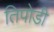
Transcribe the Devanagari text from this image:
तिपोडी